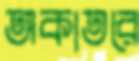
অকাতরে